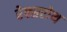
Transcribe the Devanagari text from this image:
रेक्सरोथ